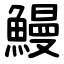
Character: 鰻